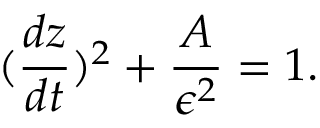
( { \frac { d z } { d t } } ) ^ { 2 } + { \frac { A } { \epsilon ^ { 2 } } } = 1 .